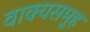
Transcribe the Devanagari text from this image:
वाक्यसमूह